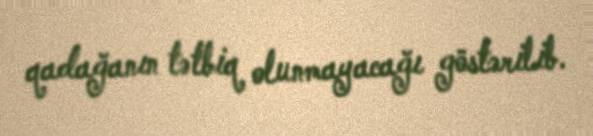
qadağanın tətbiq olunmayacağı göstərilib.